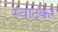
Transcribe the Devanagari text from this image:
स्वादकर